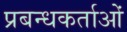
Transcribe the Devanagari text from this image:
प्रबन्धकर्ताओं